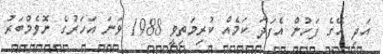
އަދި އޭގެ ފަހުން އެފަދަ ކަމެއް ކުރިމަތިވީ 1988 ވަނަ އަހަރުގެ ނޮވެމްބަރު